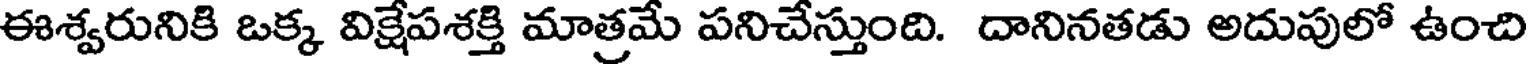
ఈశ్వరునికి ఒక్క విక్షేపశక్తి మాత్రమే పనిచేస్తుంది. దానినతడు అదుపులో ఉంచి